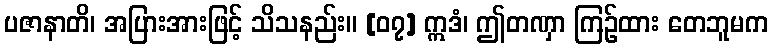
ပဇာနာတိ၊ အပြားအားဖြင့် သိသနည်း။ [၀၇] ဣဒံ၊ ဤတဏှာ ကြဉ်ထား တေဘူမက